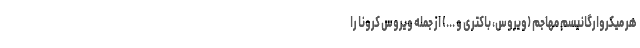
هر میکروارگانیسم مهاجم (ویروس، باکتری و ...) از جمله ویروس کرونا را